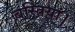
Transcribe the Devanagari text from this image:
बस्तियां।